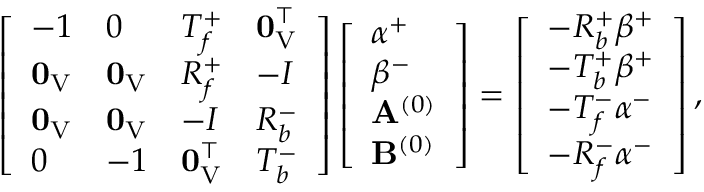
\left[ \begin{array} { l l l l } { - 1 } & { 0 } & { T _ { f } ^ { + } } & { \mathbf { 0 } _ { \mathrm { V } } ^ { \intercal } } \\ { \mathbf { 0 } _ { \mathrm { V } } } & { \mathbf { 0 } _ { \mathrm { V } } } & { R _ { f } ^ { + } } & { - I } \\ { \mathbf { 0 } _ { \mathrm { V } } } & { \mathbf { 0 } _ { \mathrm { V } } } & { - I } & { R _ { b } ^ { - } } \\ { 0 } & { - 1 } & { \mathbf { 0 } _ { \mathrm { V } } ^ { \intercal } } & { T _ { b } ^ { - } } \end{array} \right] \left[ \begin{array} { l } { \alpha ^ { + } } \\ { \beta ^ { - } } \\ { \mathbf { A } ^ { ( 0 ) } } \\ { \mathbf { B } ^ { ( 0 ) } } \end{array} \right] = \left[ \begin{array} { l } { - R _ { b } ^ { + } \beta ^ { + } } \\ { - T _ { b } ^ { + } \beta ^ { + } } \\ { - T _ { f } ^ { - } \alpha ^ { - } } \\ { - R _ { f } ^ { - } \alpha ^ { - } } \end{array} \right] ,